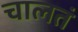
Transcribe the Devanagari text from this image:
चालतं